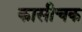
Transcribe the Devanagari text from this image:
कासीचक